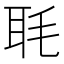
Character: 毦